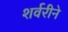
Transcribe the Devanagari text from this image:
शर्वरीने